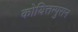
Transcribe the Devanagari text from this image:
कोयित्तम्पुरान